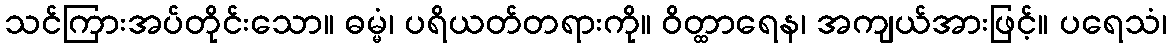
သင်ကြားအပ်တိုင်းသော။ ဓမ္မံ၊ ပရိယတ်တရားကို။ ဝိတ္ထာရေန၊ အကျယ်အားဖြင့်။ ပရေသံ၊